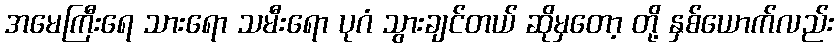
အမေကြီးရေ သားရော သမီးရော ပုဂံ သွားချင်တယ် ဆိုမှတော့ တို့ နှစ်ယောက်လည်း